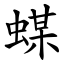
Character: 䗋